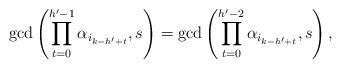
LaTeX: \begin{align*}\gcd\left(\prod_{t=0}^{h'-1}{\alpha_{i_{k-h'+t}}},s\right)=\gcd\left(\prod_{t=0}^{h'-2}{\alpha_{i_{k-h'+t}}},s\right),\end{align*}